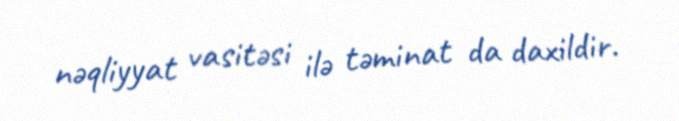
nəqliyyat vasitəsi ilə təminat da daxildir.